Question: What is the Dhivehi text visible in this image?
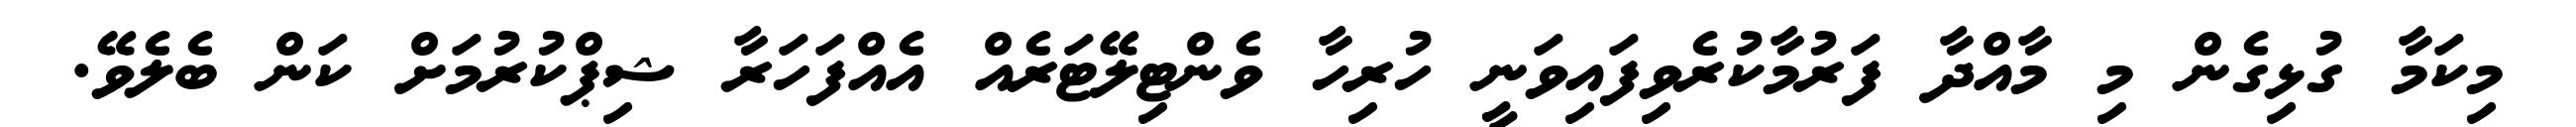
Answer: މިކަމާ ގުޅިގެން މި މާއްދާ ފަރުމާކުރެވިފައިވަނީ ހުރިހާ ވެންޓިލޭޓަރެއް އެއްފަހަރާ ޝިޕްކުރުމަށް ކަން ބެލެވޭ.